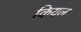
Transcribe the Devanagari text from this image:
कियल